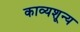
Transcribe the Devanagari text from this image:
काव्यशून्य